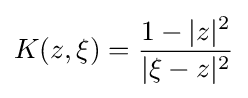
K(z,\xi )={\frac {1-|z|^{2}}{|\xi -z|^{2}}}